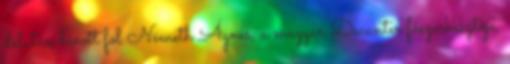
délután hívott föl Németh Ágnes, a magyar Decanter főszerkesztője,